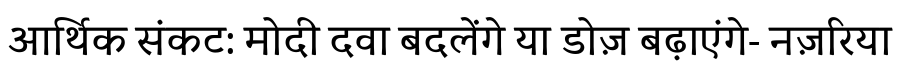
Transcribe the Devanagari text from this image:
आर्थिक संकट: मोदी दवा बदलेंगे या डोज़ बढ़ाएंगे- नज़रिया